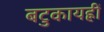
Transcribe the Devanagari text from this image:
बटुकायह्रीं